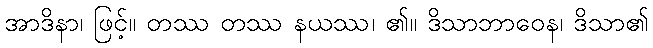
အာဒိနာ၊ ဖြင့်။ တဿ တဿ နယဿ၊ ၏။ ဒိသာဘာဝေန၊ ဒိသာ၏